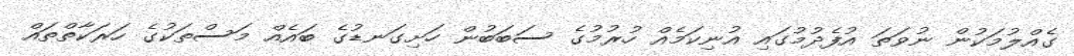
ގެއްލުމަކުން ނުވަތަ އުފެދުމުގައި އުނިކަމެއް ހުރުމުގެ ސަބަބުން ހަށިގަނޑުގެ ބައެއް މަސްތަކުގެ ހަރަކާތްތައް